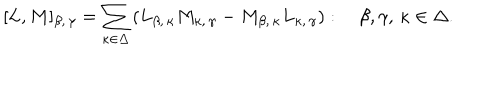
[ L , M ] _ { \beta , \, \gamma } = \sum _ { \kappa \in \Delta } \left( L _ { \beta , \, \kappa } M _ { \kappa , \, \gamma } - M _ { \beta , \, \kappa } L _ { \kappa , \, \gamma } \right) : \quad \beta , \gamma , \, \kappa \in \Delta .